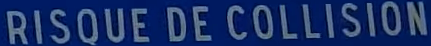
RISQUE DE COLLISION